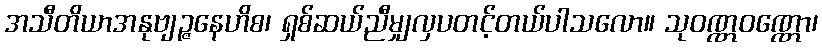
အသီတိယာအနုဗျဉ္ဇနေဟိစ၊ ရှစ်ဆယ်ညီမျှလှပတင့်တယ်ပါသလော။ သုဝဏ္ဏဝဏ္ဏော၊